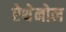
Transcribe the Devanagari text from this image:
ऐथेनोल